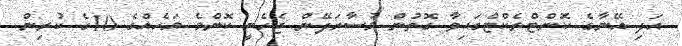
އަދި އޭނާގެ ކޮންޓްރެކްޓްގައިވާ ގޮތުން މުސާރަދޭން ޖެހެނީ ކޮންމެ މަހެއްގެ 10ގެ ކުރިން